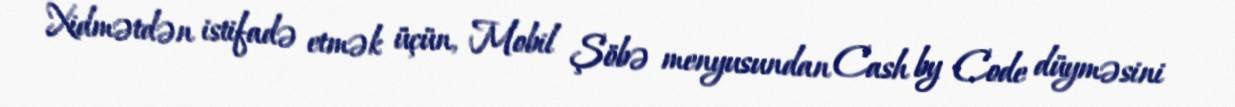
Xidmətdən istifadə etmək üçün, Mobil Şöbə menyusundan Cash by Code düyməsini